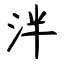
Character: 泮